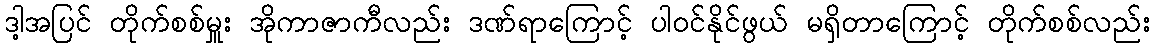
ဒါ့အပြင် တိုက်စစ်မှူး အိုကာဇာကီလည်း ဒဏ်ရာကြောင့် ပါဝင်နိုင်ဖွယ် မရှိတာကြောင့် တိုက်စစ်လည်း